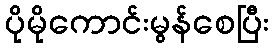
ပိုမိုကောင်းမွန်စေပြီး